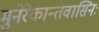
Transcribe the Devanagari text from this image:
मुनेरेकान्तवासिनः